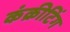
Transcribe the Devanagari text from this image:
कंक्रीटिंग